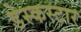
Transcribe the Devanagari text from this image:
डेस्कस्टार